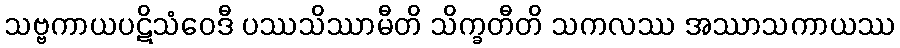
သဗ္ဗကာယပဋိသံဝေဒီ ပဿသိဿာမီတိ သိက္ခတီတိ သကလဿ အဿာသကာယဿ